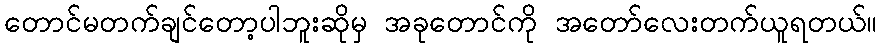
တောင်မတက်ချင်တော့ပါဘူးဆိုမှ အခုတောင်ကို အတော်လေးတက်ယူရတယ်။